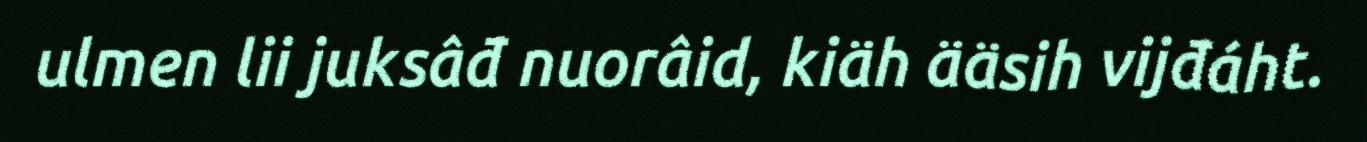
ulmen lii juksâđ nuorâid, kiäh ääsih vijđáht.